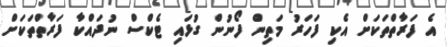
އެ ފަރާތްތަކަށް އެކި ފަހަރު މަތިން ފޯނުން ގުޅައި ޓެކްސް ނުދައްކާ ފަރާތްތަކަށް